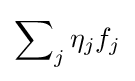
\sum \nolimits _{j}\eta _{j}f_{j}